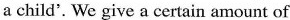
a child'.We give a certain amount of